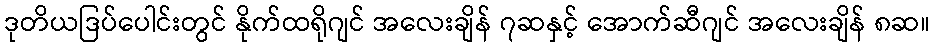
ဒုတိယဒြပ်ပေါင်းတွင် နိုက်ထရိုဂျင် အလေးချိန် ၇ဆနှင့် အောက်ဆီဂျင် အလေးချိန် ၈ဆ။